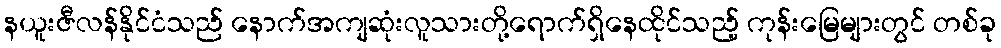
နယူးဇီလန်နိုင်ငံသည် နောက်အကျဆုံးလူသားတို့ရောက်ရှိနေထိုင်သည့် ကုန်းမြေများတွင် တစ်ခု